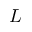
L